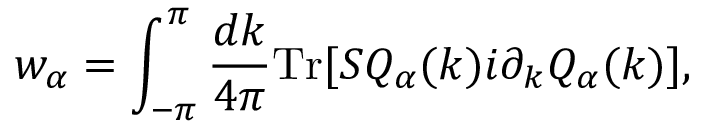
w _ { \alpha } = \int _ { - \pi } ^ { \pi } \frac { d k } { 4 \pi } \mathrm { T r } [ { \cal S } { \cal Q } _ { \alpha } ( k ) i \partial _ { k } { \cal Q } _ { \alpha } ( k ) ] ,